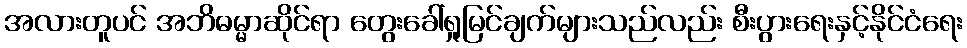
အလားတူပင် အဘိဓမ္မာဆိုင်ရာ တွေးခေါ်ရှုမြင်ချက်များသည်လည်း စီးပွားရေးနှင့်နိုင်ငံရေး